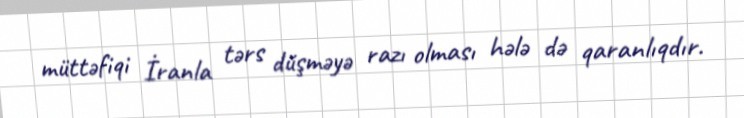
müttəfiqi İranla tərs düşməyə razı olması hələ də qaranlıqdır.